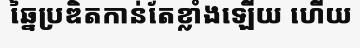
ឆ្នៃប្រឌិតកាន់តែខ្លាំងឡើយ ហើយ